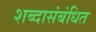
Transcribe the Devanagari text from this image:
शब्दासंबंधित